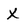
Character: X